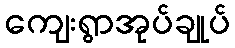
ကျေးရွာအုပ်ချုပ်